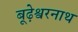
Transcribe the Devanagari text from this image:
बूढ़ेश्वरनाथ